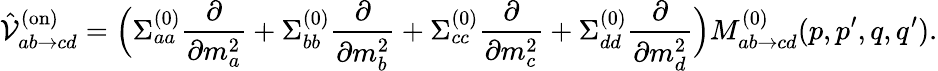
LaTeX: \hat{\mathcal{V}}_{ab\to cd}^{(\mathrm{on})}=\Bigl(\Sigma_{aa}^{(0)}\frac{\partial}{\partial m_{a}^{2}}+\Sigma_{bb}^{(0)}\frac{\partial}{\partial m_{b}^{2}}+\Sigma_{cc}^{(0)}\frac{\partial}{\partial m_{c}^{2}}+\Sigma_{dd}^{(0)}\frac{\partial}{\partial m_{d}^{2}}\Bigr)M_{ab\to cd}^{(0)}(p,p^{\prime},q,q^{\prime}).